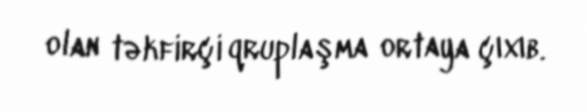
olan təkfirçi qruplaşma ortaya çıxıb.